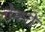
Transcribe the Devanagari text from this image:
नेवरी